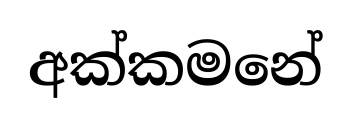
අක්කමනේ